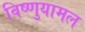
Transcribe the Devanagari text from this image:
विष्णुयामल